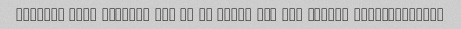
Waghean dafe akharam bud le az super jam jam kharid kardam,efteza